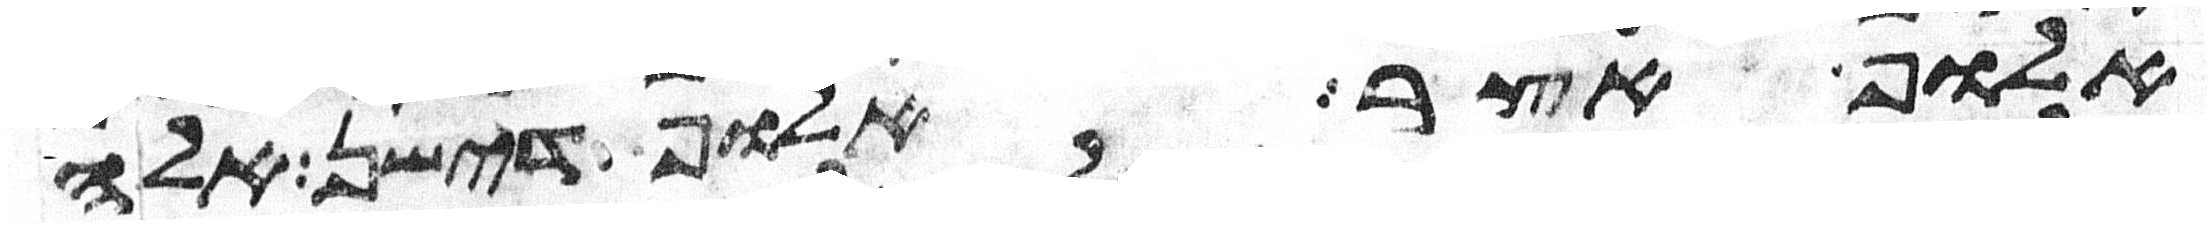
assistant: אלוף אצר אלוף דישן אלה